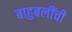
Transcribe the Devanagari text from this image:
बाहुबलींची